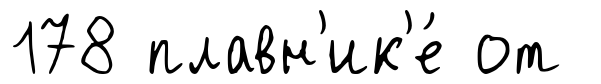
178 плавн'ик'е́ от